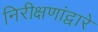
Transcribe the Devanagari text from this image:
निरीक्षणांद्वारे